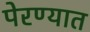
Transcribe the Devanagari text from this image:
पेरण्यात